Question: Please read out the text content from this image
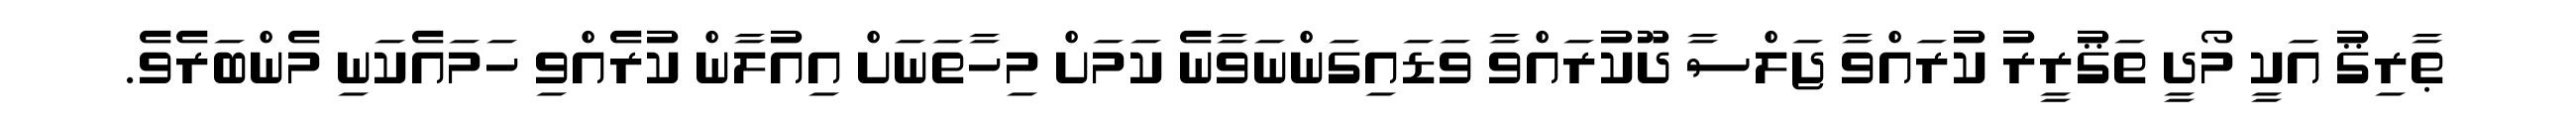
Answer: ޠާރިޤު އަކީ މޯދީ ތަޤުރީރު ކުރައްވާ ޖަލްސާ ދޫކުރައްވާ ވަޑައިގަންނަވާނެ ކަމަށް މިހާތަނަށް އިއުލާން ކުރެއްވި ހަމައެކަނި މެންބަރެވެ.